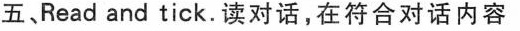
五 Read and tick.读对话,在符合对话内容